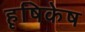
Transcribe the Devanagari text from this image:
हृषिकेष